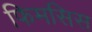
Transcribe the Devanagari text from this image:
फिमसिस